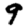
Digit: 9